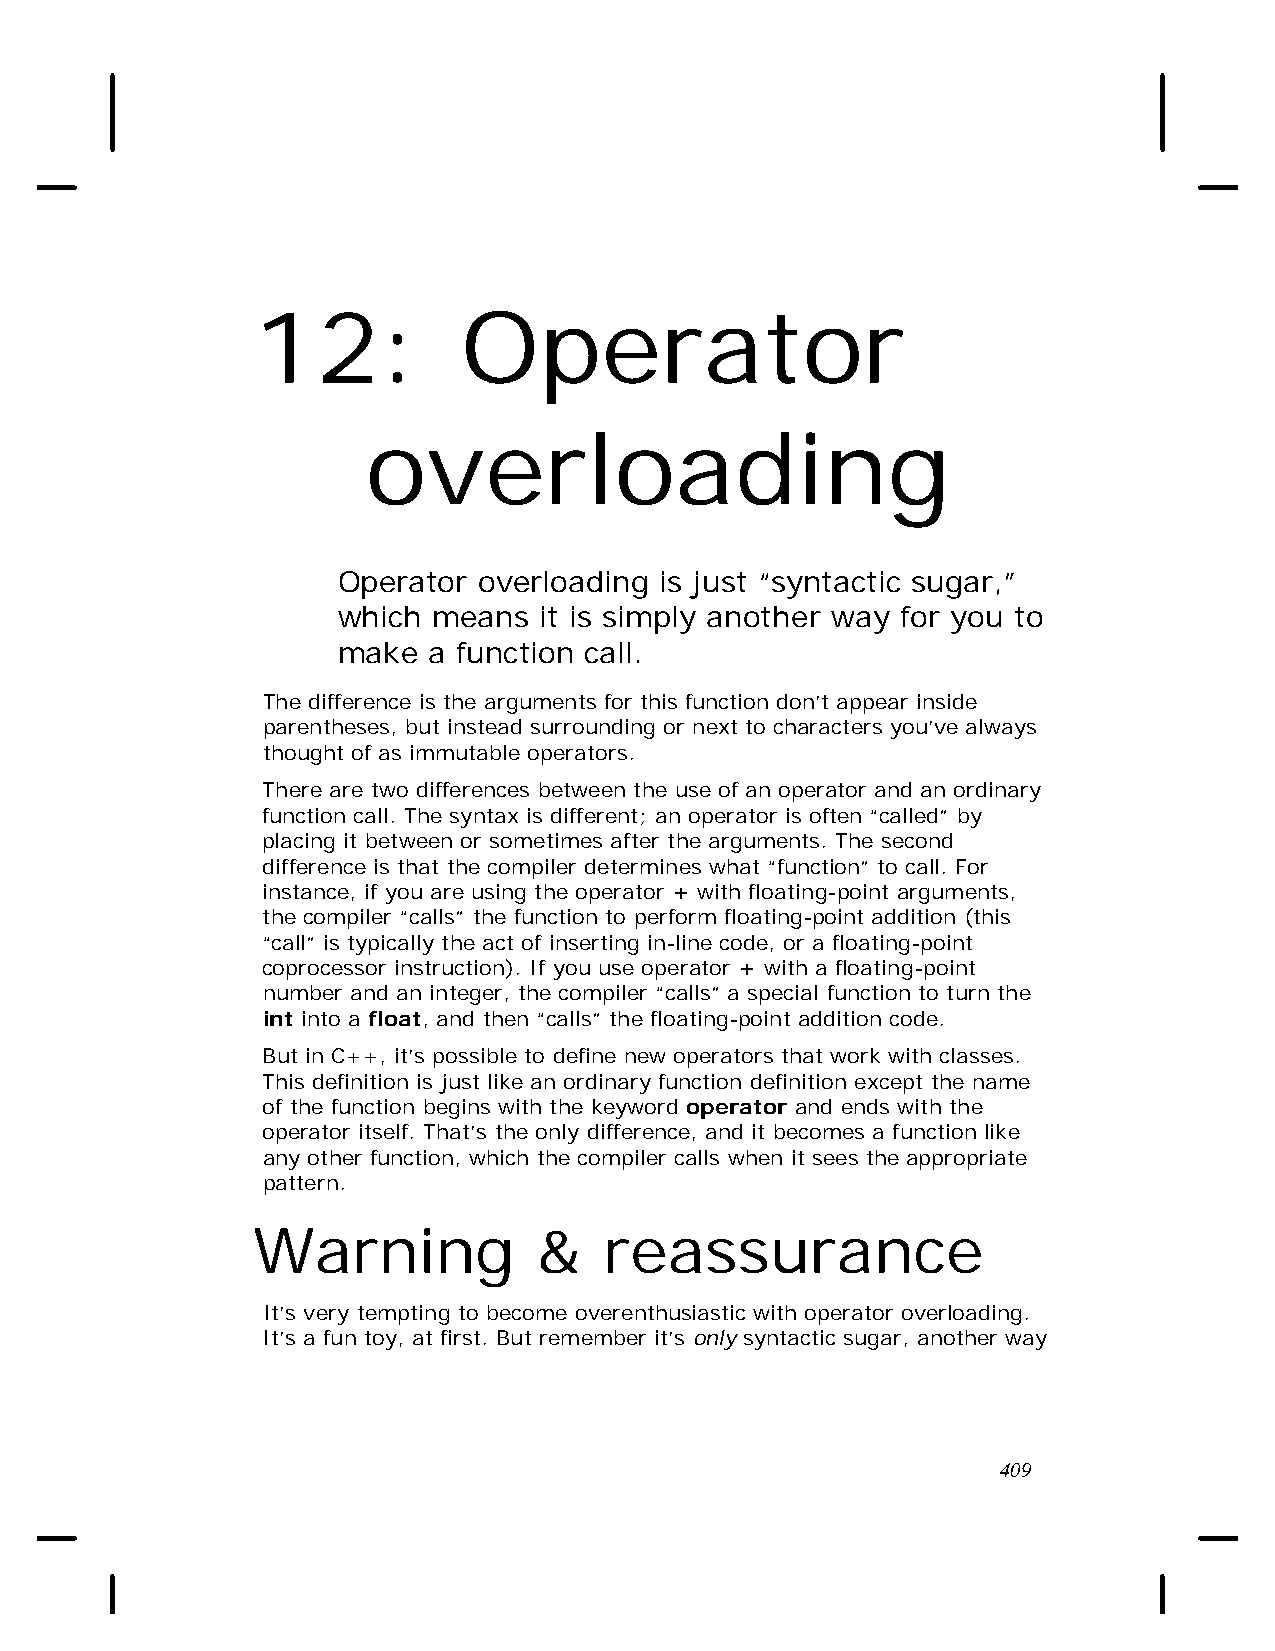
12:           Operator
 overloading
 Operator  overloading is just “syntactic sugar,”
 which  means  it is simply another way for you to
 make  a function call.
 The difference is the arguments for this function don’t appear inside
 parentheses, but instead surrounding or next to characters you’ve always
 thought of as immutable operators.
 There are two differences between the use of an operator and an ordinary
 function call. The syntax is different; an operator is often “called” by
 placing it between or sometimes after the arguments. The second
 difference is that the compiler determines what “function” to call. For
 instance, if you are using the operator + with floating-point arguments,
 the compiler “calls” the function to perform floating-point addition (this
 “call” is typically the act of inserting in-line code, or a floating-point
 coprocessor instruction). If you use operator + with a floating-point
 number and an integer, the compiler “calls” a special function to turn the
 int into a float, and then “calls” the floating-point addition code.
 But in C++, it’s possible to define new operators that work with classes.
 This definition is just like an ordinary function definition except the name
 of the function begins with the keyword operator and ends with the
 operator itself. That’s the only difference, and it becomes a function like
 any other function, which the compiler calls when it sees the appropriate
 pattern.
 Warning            &   reassurance
 It’s very tempting to become overenthusiastic with operator overloading.
 It’s a fun toy, at first. But remember it’s only syntactic sugar, another way
 409